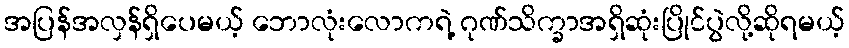
အပြန်အလှန်ရှိပေမယ့် ဘောလုံးလောကရဲ့ ဂုဏ်သိက္ခာအရှိဆုံးပြိုင်ပွဲလို့ဆိုရမယ့်